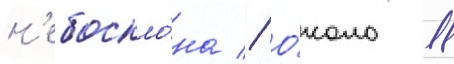
н'ебоскло́на // О́коло 11